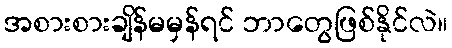
အစားစားချိန်မမှန်ရင် ဘာတွေဖြစ်နိုင်လဲ။